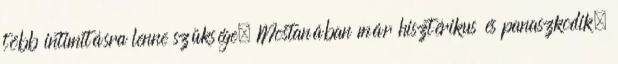
több intimitásra lenne szüksége. Mostanában már hisztérikus és panaszkodik,